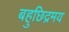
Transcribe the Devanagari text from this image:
बहुछिद्रमय